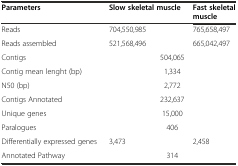
<table><thead><tr><td><b>Parameters</b></td><td><b>Slow skeletal muscle</b></td><td><b>Fast skeletal muscle</b></td></tr></thead><tbody><tr><td>Reads</td><td>704,550,985</td><td>765,658,497</td></tr><tr><td>Reads assembled</td><td>521,568,496</td><td>665,042,497</td></tr><tr><td>Contigs</td><td colspan="2">504,065</td></tr><tr><td>Contig mean lenght (bp)</td><td colspan="2">1,334</td></tr><tr><td>N50 (bp)</td><td colspan="2">2,772</td></tr><tr><td>Contigs Annotated</td><td colspan="2">232,637</td></tr><tr><td>Unique genes</td><td colspan="2">15,000</td></tr><tr><td>Paralogues</td><td colspan="2">406</td></tr><tr><td>Differentially expressed genes</td><td>3,473</td><td>2,458</td></tr><tr><td>Annotated Pathway</td><td colspan="2">314</td></tr></tbody></table>